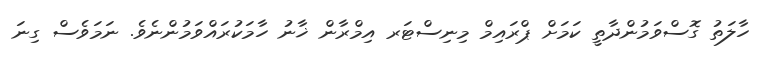
ހާލަތު ގޮސްވަމުންދާތީ ކަމަށް ޕްރައިމް މިނިސްޓަރ އިމްރާން ޚާނު ހާމަކުރައްވަމުންނެވެ. ނަމަވެސް ގިނަ